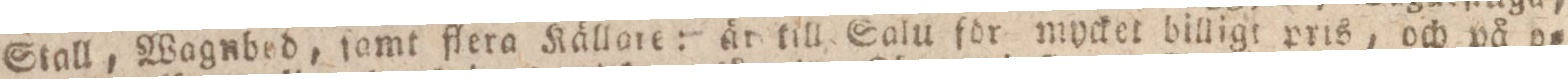
Stall, Wagnbed, ſamt flera Källare: är till Salu för mycket billigt pris, och på h=